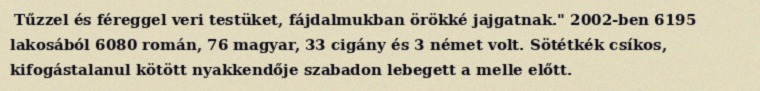
Tűzzel és féreggel veri testüket, fájdalmukban örökké jajgatnak." 2002-ben 6195 lakosából 6080 román, 76 magyar, 33 cigány és 3 német volt. Sötétkék csíkos, kifogástalanul kötött nyakkendője szabadon lebegett a melle előtt.